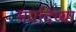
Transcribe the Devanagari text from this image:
मर्यादेच्या